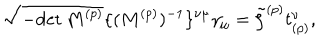
LaTeX: \sqrt { - \mathrm { d e t } \, M ^ { ( p ) } } \{ ( M ^ { ( p ) } ) ^ { - 1 } \} ^ { \nu \mu } \gamma _ { \mu } = \tilde { \zeta } ^ { ( p ) } t _ { ( p ) } ^ { \nu } ,